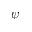
\psi